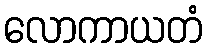
လောကာယတံ